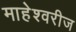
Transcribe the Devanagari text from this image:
माहेश्वरीज